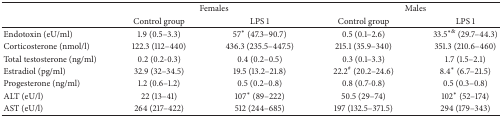
<table><thead><tr><td><b> </b></td><td colspan="2"><b>Females</b></td><td colspan="2"><b>Males</b></td></tr><tr><td><b> </b></td><td><b>Control group</b></td><td><b>LPS 1</b></td><td><b>Control group</b></td><td><b>LPS 1</b></td></tr></thead><tbody><tr><td>Endotoxin (eU/ml)</td><td>1.9 (0.5–3.3)</td><td>57<sup>*</sup> (47.3–90.7)</td><td>0.5 (0.1–2.6)</td><td>33.5<sup>∗&amp;</sup> (29.7–44.3)</td></tr><tr><td>Corticosterone (nmol/l)</td><td>122.3 (112–440)</td><td>436.3 (235.5–447.5)</td><td>215.1 (35.9–340)</td><td>351.3 (210.6–460)</td></tr><tr><td>Total testosterone (ng/ml)</td><td>0.2 (0.2-0.3)</td><td>0.4 (0.2–0.5)</td><td>0.3 (0.1–3.3)</td><td>1.7 (1.5–2.1)</td></tr><tr><td>Estradiol (pg/ml)</td><td>32.9 (32–34.5)</td><td>19.5 (13.2–21.8)</td><td>22.2<sup>#</sup> (20.2–24.6)</td><td>8.4<sup>*</sup> (6.7–21.5)</td></tr><tr><td>Progesterone (ng/ml)</td><td>1.2 (0.6–1.2)</td><td>0.5 (0.2–0.8)</td><td>0.8 (0.7-0.8)</td><td>0.5 (0.3–0.8)</td></tr><tr><td>ALT (eU/l)</td><td>22 (13–41)</td><td>107<sup>*</sup> (89–222)</td><td>50.5 (29–74)</td><td>102<sup>*</sup> (52–174)</td></tr><tr><td>AST (eU/l)</td><td>264 (217–422)</td><td>512 (244–685)</td><td>197 (132.5–371.5)</td><td>294 (179–343)</td></tr></tbody></table>